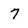
Character: 7